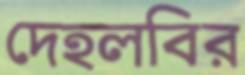
দেহলবির